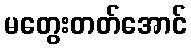
မတွေးတတ်အောင်